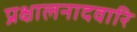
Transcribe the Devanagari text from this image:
प्रक्षालनादवारि